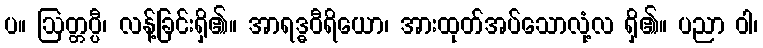
ပ။ ဩတ္တပ္ပီ၊ လန့်ခြင်းရှိ၏။ အာရဒ္ဓဝီရိယော၊ အားထုတ်အပ်သောလုံ့လ ရှိ၏။ ပညာ ဝါ၊